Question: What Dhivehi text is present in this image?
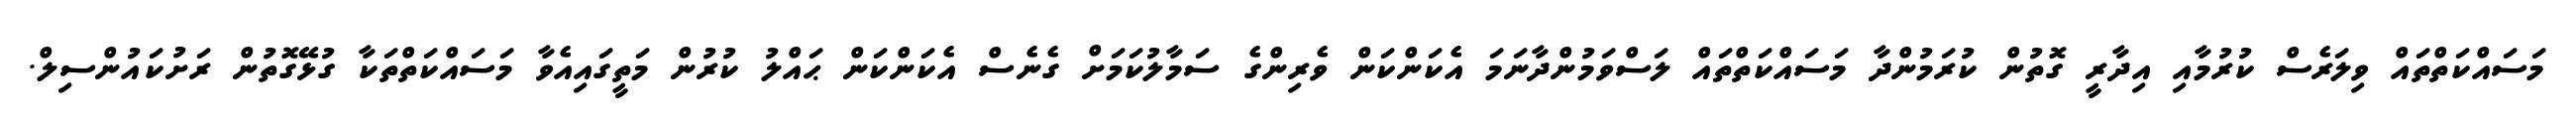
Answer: މަސައްކަތްތައް ވިލަރެސް ކުރުމާއި އިދާރީ ގޮތުން ކުރަމުންދާ މަސައްކަތްތައް ލަސްވަމުންދާނަމަ އެކަންކަން ވެރިންގެ ސަމާލުކަމަށް ގެނެސް އެކަންކަން ޙައްލު ކުރުން މަތީގައިއެވާ މަސައްކަތްތަކާ ގުޅޭގޮތުން ރަށުކައުންސިލް.